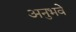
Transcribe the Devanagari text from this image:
अनुभवे